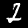
Digit: 2